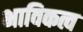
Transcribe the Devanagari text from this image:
भाविकत्व